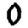
Digit: 0